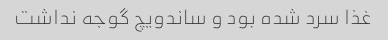
غذا سرد شده بود و ساندویچ گوجه نداشت